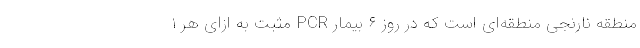
منطقه نارنجی منطقه‌ای است که در روز ۶ بیمار PCR مثبت به ازای هر ۱